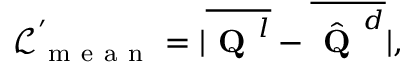
\mathcal { L } _ { \mathrm { ~ m ~ e ~ a ~ n ~ } } ^ { ' } = | \overline { { \textbf { Q } ^ { l } } } - \overline { { \hat { \textbf { Q } } ^ { d } } } | ,